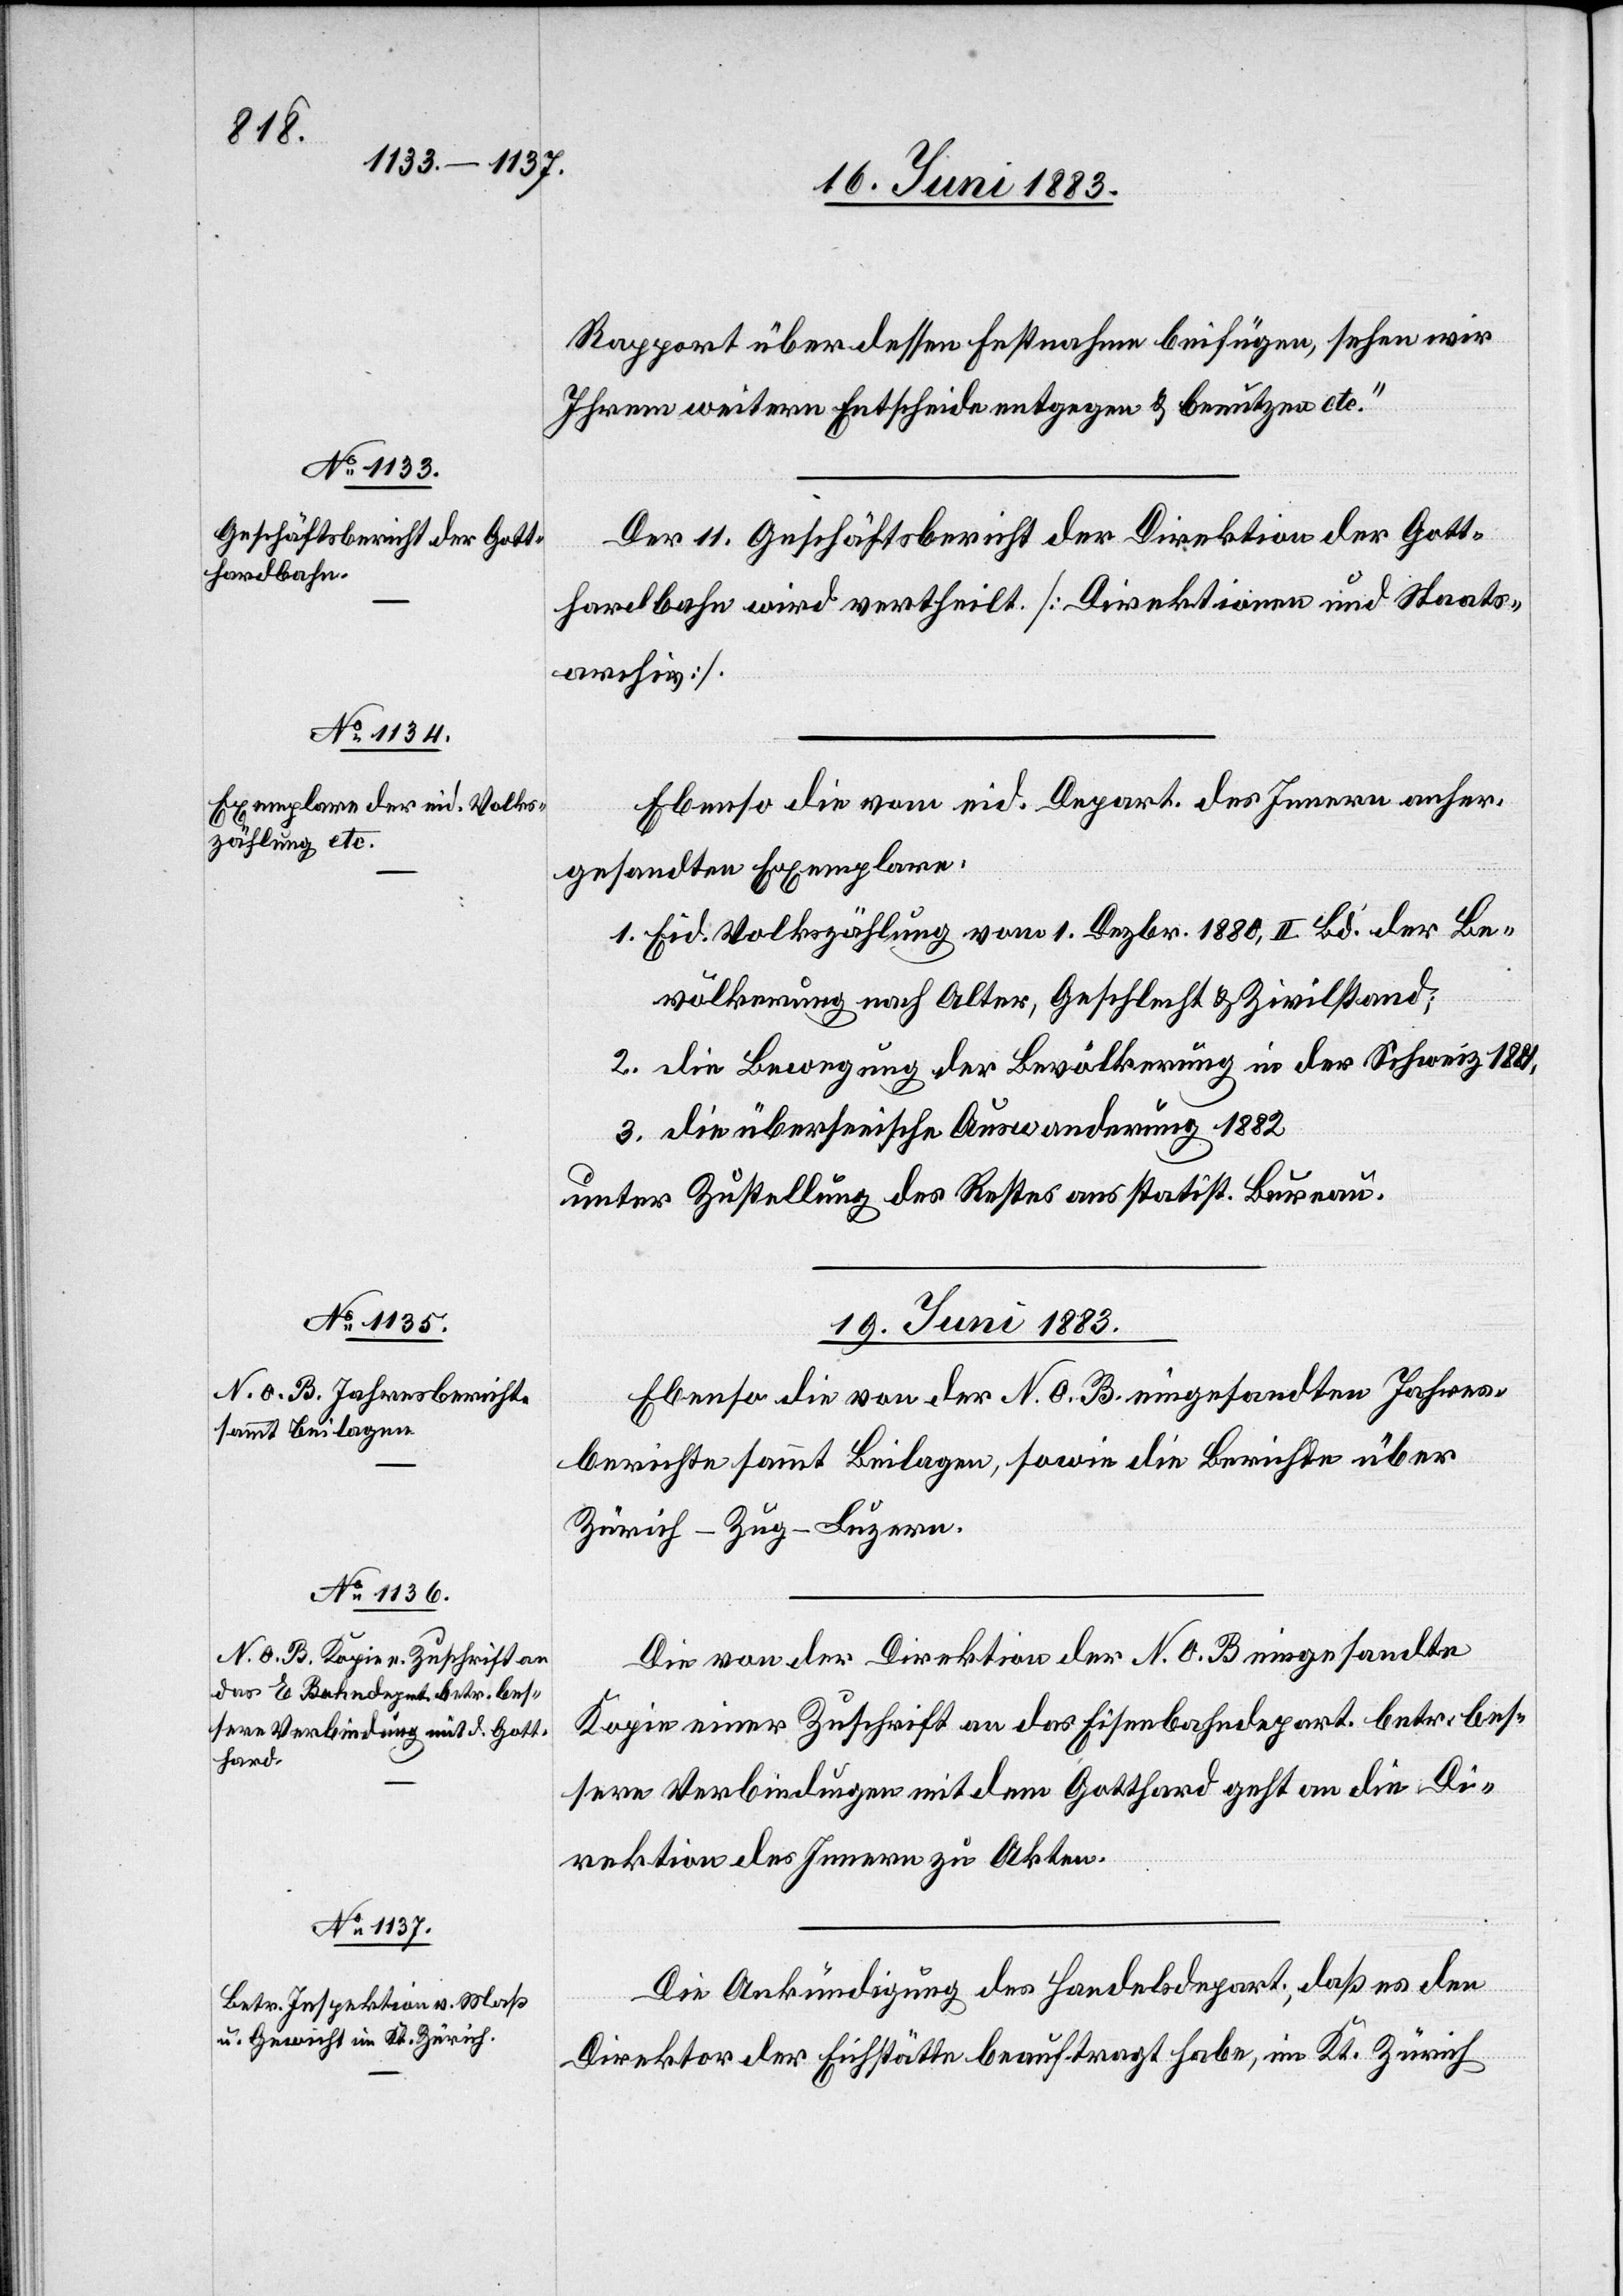
18. Juni 1883.]
Rapport über dessen Festnahme beifügen, sehen wir
Ihrem weitern Entscheide entgegen & benutzen etc.“
Der 11. Geschäftsbericht der Direktion der Gott¬
hardbahn wird vertheilt [Direktionen und Staats¬
archiv].
Ebenso die vom eid. Depart. des Innern anher¬
gesandten Exemplare.
1. Eid Volkszählung vom 1. Dezbr. 1880, II Bd. der Be¬
völkerung nach Alter, Geschlecht & Zivilstand;
2. die Bewegung der Bevölkerung in der Schweiz 1881,
3. die überseeische Auswanderung 1882
unter Zustellung des Restes ans statist. Bureau.
19. Juni 1883.]
Ebenso die von der N. O. B. eingesandten Jahres¬
berichte sammt Beilagen, sowie die Berichte über
Zürich–Zug–Luzern.
Die von der Direktion der N. O. B. eingesandte
Kopie einer Zuschrift an das Eisenbahndepart. betr. bes¬
sere Verbindungen mit dem Gotthard geht an die Di¬
rektion des Innern zu Akten.
Die Ankündigung des Handelsdepart., daß es den
Direktor der Eichstätte beauftragt habe, im Kt. Zürich